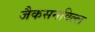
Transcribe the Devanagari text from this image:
जैकसनविल्ल